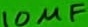
Text: 10µF